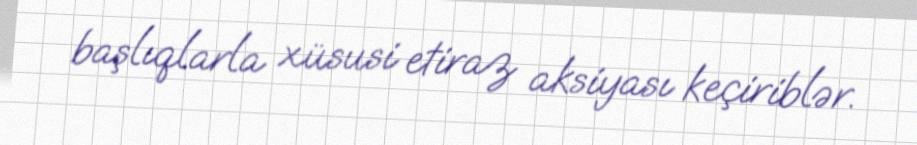
başlıqlarla xüsusi etiraz aksiyası keçiriblər.